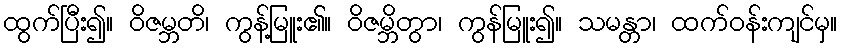
ထွက်ပြီး၍။ ဝိဇမ္ဘတိ၊ ကွန့်မြူး၏။ ဝိဇမ္ဘိတွာ၊ ကွန်မြူး၍။ သမန္တာ၊ ထက်ဝန်းကျင်မှ။